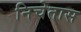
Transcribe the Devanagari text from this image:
निचेतास